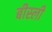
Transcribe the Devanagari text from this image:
बीस्ली